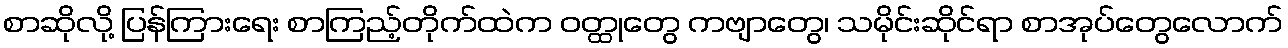
စာဆိုလို့ ပြန်ကြားရေး စာကြည့်တိုက်ထဲက ဝတ္ထုတွေ ကဗျာတွေ၊ သမိုင်းဆိုင်ရာ စာအုပ်တွေလောက်